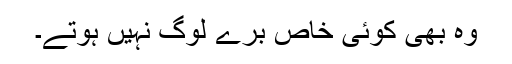
وہ بھی کوئی خاص برے لوگ نہیں ہوتے۔